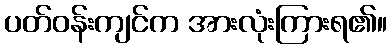
ပတ်ဝန်းကျင်က အားလုံးကြားရ၏။